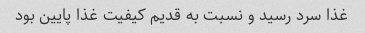
غذا سرد رسید و نسبت به قدیم کیفیت غذا پایین بود